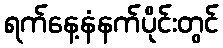
ရက်နေ့နံနက်ပိုင်းတွင်